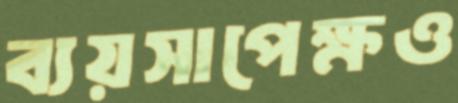
ব্যয়সাপেক্ষও